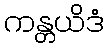
ကန္တယိဒံ